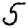
Digit: 5